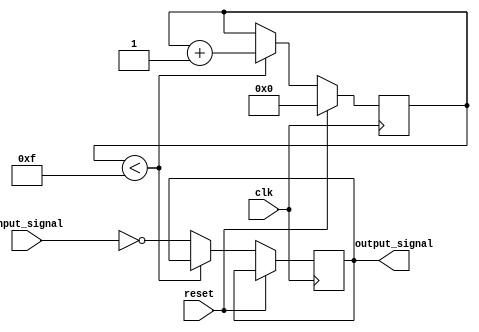
module inverter_delay (
    input wire clk,
    input wire reset,
    input wire input_signal,
    output reg output_signal
);

reg [3:0] delay_counter = 4'b0000;

always @(posedge clk) begin
    if (reset) begin
        delay_counter <= 4'b0000;
    end else begin
        if (delay_counter < 4'b1111) begin
            delay_counter <= delay_counter + 1;
        end else begin
            output_signal <= ~input_signal;
        end
    end
end

endmodule